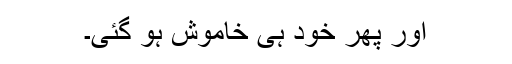
اور پھر خود ہی خاموش ہو گئی۔